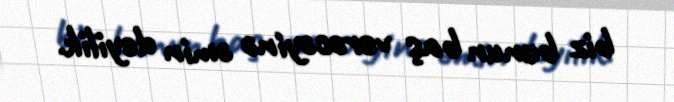
biz bunun baş verəcəyinə əmin deyilik.